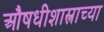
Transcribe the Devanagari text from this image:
औषधीशास्त्राच्या